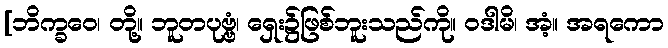
[ဘိက္ခဝေ၊ တို့။ ဘူတပုဗ္ဗံ၊ ရှေး၌ဖြစ်ဘူးသည်ကို။ ဝဒါမိ၊ အံ့။ အရကော